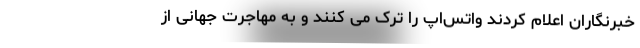
خبرنگاران اعلام کردند واتس‌اپ را ترک می کنند و به مهاجرت جهانی از